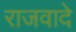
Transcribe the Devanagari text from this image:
राजवादे